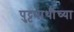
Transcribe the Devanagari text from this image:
पुट्टपार्थीच्या